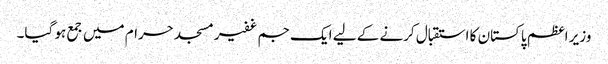
وزیر اعظم پاکستان کا استقبال کرنے کے لیے ایک جم غفیرمسجد حرام میں جمع ہو گیا۔